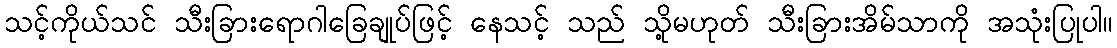
သင့်ကိုယ်သင် သီးခြားရောဂါခြေချုပ်ဖြင့် နေသင့် သည် သို့မဟုတ် သီးခြားအိမ်သာကို အသုံးပြုပါ။